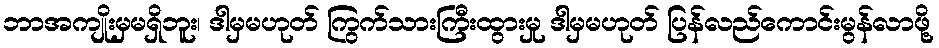
ဘာအကျိုးမှမရှိဘူး၊ ဒါမှမဟုတ် ကြွက်သားကြီးထွားမှု ဒါမှမဟုတ် ပြန်လည်ကောင်းမွန်လာဖို့